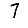
Digit: 7